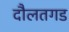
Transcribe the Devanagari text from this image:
दौलतगड